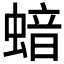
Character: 𱿺